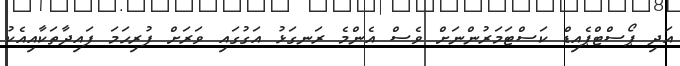
އަދި ޕޯސްޓްޕެއިޑް ކަސްޓަމަރުންނަށް ވެސް އެންމެ ރަނގަޅު އަގުގައި ވަރަށް ފުރިހަމަ ފައިދާތަކާއިއެކު